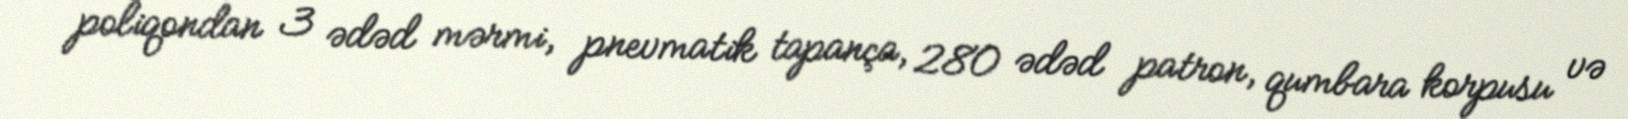
poliqondan 3 ədəd mərmi, pnevmatik tapança, 280 ədəd patron, qumbara korpusu və